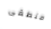
منطقى